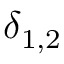
\delta _ { 1 , 2 }